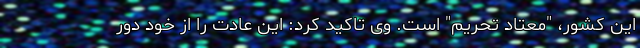
این کشور، "معتاد تحریم" است. وی تاکید کرد: این عادت را از خود دور